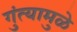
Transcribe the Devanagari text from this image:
गुंत्यामुळे